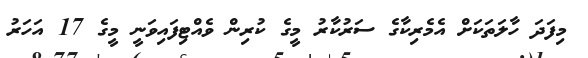
މިފަދަ ހާލަތަކަށް އެމެރިކާގެ ސަރުކާރު މީގެ ކުރިން ވެއްޓިފައިވަނީ މީގެ 17 އަހަރު